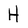
Character: H